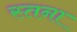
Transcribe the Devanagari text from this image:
स्तना